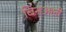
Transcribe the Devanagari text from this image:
बिनअली